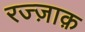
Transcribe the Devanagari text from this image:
रज्ज़ाक़